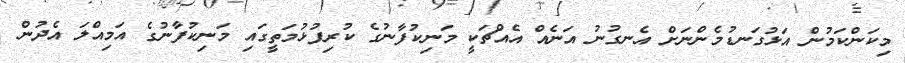
މިކަންކަމުން އަޅުގަނޑުމެންނަށް އެނގުނު އަނެއް އެއްޗަކީ މަނިކުފާނުގެ ކުރިފުޅުމަތީގައި މަނިކުފާނުގެ އަމިއްލަ އެދުން